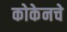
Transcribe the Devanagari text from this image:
कोकेनचे